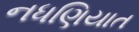
નધણિયાત